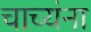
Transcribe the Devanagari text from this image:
चाच्यंना